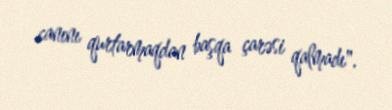
canını qurtarmaqdan başqa çarəsi qalmadı".